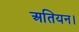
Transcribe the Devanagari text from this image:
अतियन।